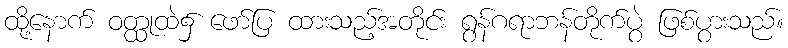
ထို့နောက် ဝတ္ထုထဲ၌ ဖော်ပြ ထားသည့်အတိုင်း ရွန်ဂရာဘန်တိုက်ပွဲ ဖြစ်ပွားသည်။